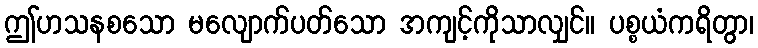
ဤဟသနစသော မလျောက်ပတ်သော အကျင့်ကိုသာလျှင်။ ပစ္စယံကရိတွာ၊